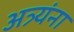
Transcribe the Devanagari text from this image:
अत्र्यंना